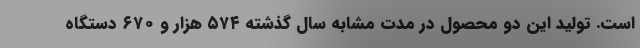
است. تولید این دو محصول در مدت مشابه سال گذشته ۵۷۴ هزار و ۶۷۰ دستگاه